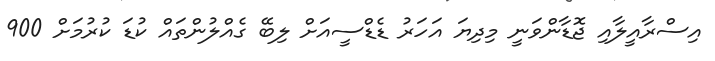
އިސްރާއީލާއި ޖޮޑާންވަނީ މިދިޔަ އަހަރު ޑެޑްސީއަށް ލިބޭ ގެއްލުންތައް ކުޑަ ކުރުމަށް 900